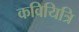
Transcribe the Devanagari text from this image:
कवियित्रि